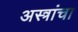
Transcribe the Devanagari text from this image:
अस्त्रांचा